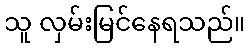
သူ လှမ်းမြင်နေရသည်။